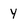
Character: Y